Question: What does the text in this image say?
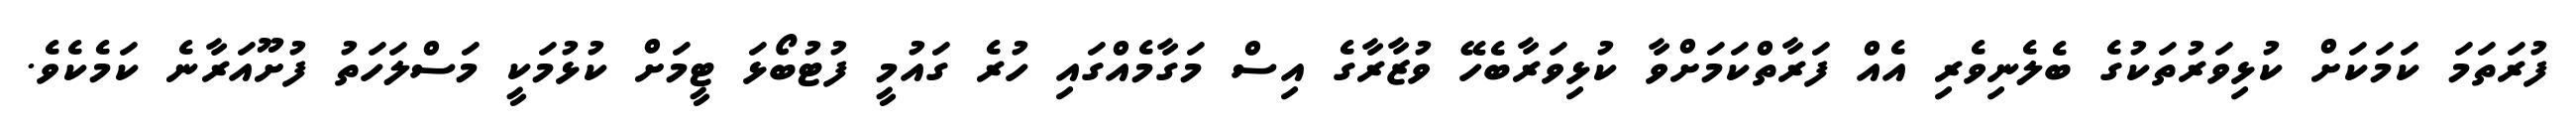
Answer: ފުރަތަމަ ކަމަކަށް ކުޅިވަރުތަކުގެ ބެލެނިވެރި އެއް ފަރާތްކަމަށްވާ ކުޅިވަރާބެހޭ ވުޒާރާގެ އިސް މަގާމެއްގައި ހުރެ ގައުމީ ފުޓުބޯޅަ ޓީމަށް ކުޅުމަކީ މަސްލަހަތު ފުށޫއަރާނެ ކަމެކެވެ.